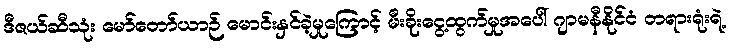
ဒီဇယ်ဆီသုံး မော်တော်ယာဉ် မောင်းနှင်ခဲ့မှုကြောင့် မီးခိုးငွေ့ထွက်မှုအပေါ် ဂျာမနီနိုင်ငံ တရားရုံးရဲ့